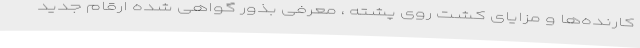
کارنده‌ها و مزایای کشت روی پشته ، معرفی بذور گواهی شده ارقام جدید